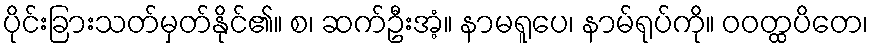
ပိုင်းခြားသတ်မှတ်နိုင်၏။ စ၊ ဆက်ဦးအံ့။ နာမရူပေ၊ နာမ်ရုပ်ကို။ ဝဝတ္ထပိတေ၊